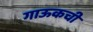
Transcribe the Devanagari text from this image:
गाऊकची